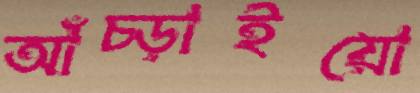
আঁচ্‌ড়াইয়ো